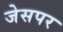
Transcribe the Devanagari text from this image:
जेसपर